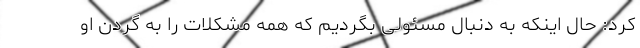
کرد: حال اینکه به دنبال مسئولی بگردیم که همه مشکلات را به گردن او